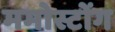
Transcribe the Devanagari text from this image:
ममोस्टोंग